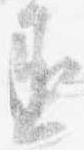
丞